Scottish Leaving Certificate Examination, 1957
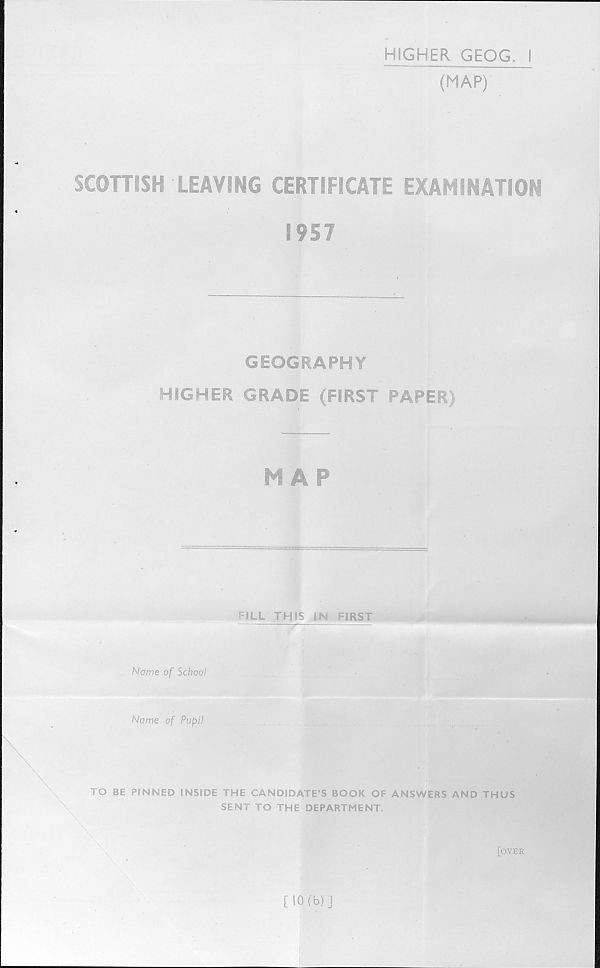
HIGHER GEOG. I
(MAP)
SCOTTISH LEAVING CERTIFICATE EXAMINATION
1957
GEOGRAPHY
HIGHER GRADE (FIRST PAPER)
MAP
FILL THIS IN FIRST
-
~ -y* J
'
Name of School
Name of Pupil
TO BE PINNED INSIDE THE CANDIDATE’S BOOK OF ANSWERS AND THUS
SENT TO THE DEPARTMENT.
[10(b)]
[over